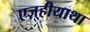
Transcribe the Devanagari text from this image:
एज़्हीयाथा